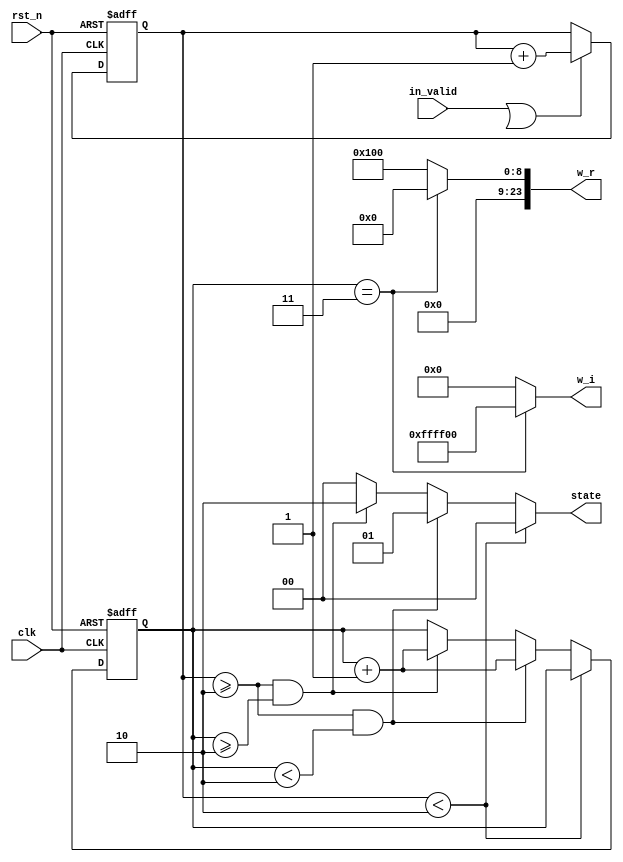
module ROM_2(
input clk,
input in_valid,
input rst_n,
output reg [23:0] w_r,
output reg [23:0] w_i,
output reg[1:0] state
);

reg valid,next_valid;
reg [5:0] count,next_count;
reg [1:0] s_count,next_s_count;

always @(*) begin
    state = 2'd0;
    if(in_valid || valid)
    begin 
        next_count = count + 1;
        next_s_count = s_count;
    end
    else begin
        next_count = count;
        next_s_count = s_count;  
    end

    if (count<6'd2) 
        state = 2'd0;
    else if (count >= 6'd2 && s_count < 2'd2)begin
        state = 2'd1;
        next_s_count = s_count + 1;
    end else if (count >= 6'd2 && s_count >= 2'd2)begin
        state = 2'd2;
        next_s_count = s_count + 1;
    end
    case(s_count)
    2'd2: begin
        w_r = 24'b 00000000_00000001_00000000;
        w_i = 24'b 00000000_00000000_00000000;
        end
    2'd3: begin
        w_r = 24'b 00000000_00000000_00000000;
        w_i = 24'b 11111111_11111111_00000000;
        end
    default: begin
        w_r = 24'b 00000000_00000001_00000000;
        w_i = 24'b 00000000_00000000_00000000;
        end
    endcase
end

always@(posedge clk or negedge rst_n)begin
    if(~rst_n)begin
        count <= 0;
        s_count <= 0;
    end
    else begin
        count <= next_count;
        s_count <= next_s_count;
    end
end
endmodule